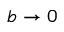
b \rightarrow 0